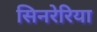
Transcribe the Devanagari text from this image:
सिनरेरिया